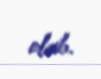
olub.